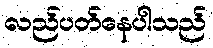
လည်ပတ်နေပါသည်